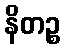
နိတဉ္စ